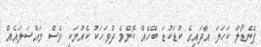
ޕެނެޑޯލް ކަހަލަ އާދައިގެ ކުޑަކުޑަ ބޭހެއް ކޮންމެ ދުވަހަކު ކެއުމަކީ ވެސް މައްސަލައެއް